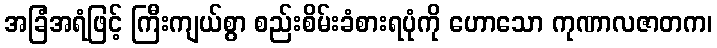
အခြံအရံဖြင့် ကြီးကျယ်စွာ စည်းစိမ်းခံစားရပုံကို ဟောသော ကုဏာလဇာတက၊